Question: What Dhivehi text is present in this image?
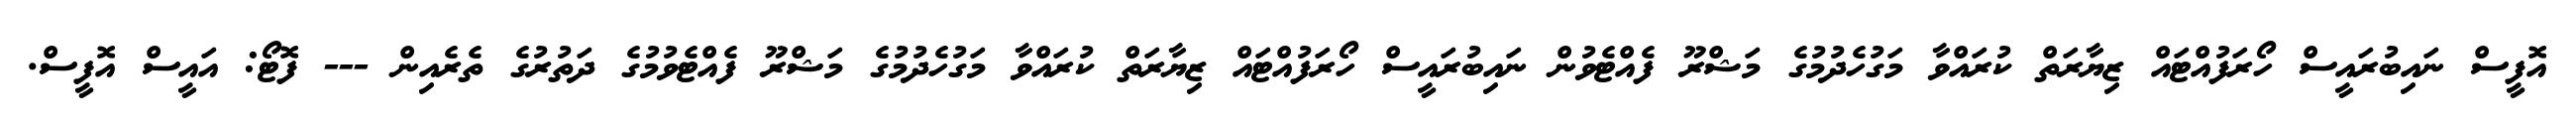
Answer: އޮފީސް ނައިބުރައީސް ހޯރަފުއްޓައް ޒިޔާރަތް ކުރައްވާ މަގުހެދުމުގެ މަޝްރޫ ފެއްޓެވުން ނައިބުރައީސް ހޯރަފުއްޓައް ޒިޔާރަތް ކުރައްވާ މަގުހެދުމުގެ މަޝްރޫ ފެއްޓެވުމުގެ ދަތުރުގެ ތެރެއިން --- ފޮޓޯ: އައީސް އޮފީސް.